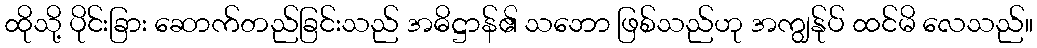
ထိုသို့ ပိုင်းခြား ဆောက်တည်ခြင်းသည် အဓိဋ္ဌာန်၏ သဘော ဖြစ်သည်ဟု အကျွန်ုပ် ထင်မိ လေသည်။